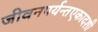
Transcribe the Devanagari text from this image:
जीवनपर्यन्तएकादशी